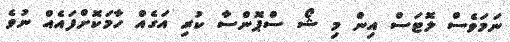
ނަމަވެސް ލޮޓަސް އިން މި ޝޯ ސްޕޮންސާ ކުރި އަގެއް ހާމަކޮށްފައެއް ނުވެ